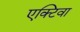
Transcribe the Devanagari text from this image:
एक्टिवा